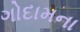
ગોદામના